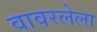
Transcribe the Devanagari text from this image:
वावरलेला